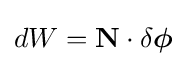
dW=\mathbf {N} \cdot \delta {\boldsymbol {\phi }}